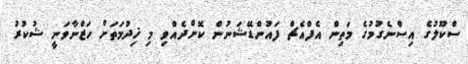
ސްކޫލުގެ އިސްނެގުމުގެ މަތިން އެފްއެޗް ފައުންޑޭޝަނުން ކޮށްދެއްވި މި ޚިދުމަތަށް ހަޒްނާވަނީ ޝުކުރު